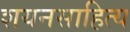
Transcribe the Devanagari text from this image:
शयनसाहित्य